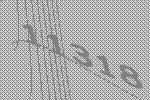
11318